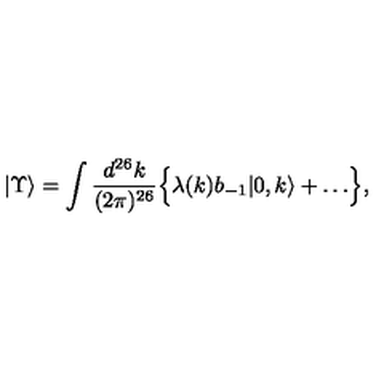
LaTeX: | \Upsilon \rangle = \int \frac { d ^ { 2 6 } k } { ( 2 \pi ) ^ { 2 6 } } \Bigl \{ \lambda ( k ) b _ { - 1 } | 0 , k \rangle + \ldots \Bigr \} ,